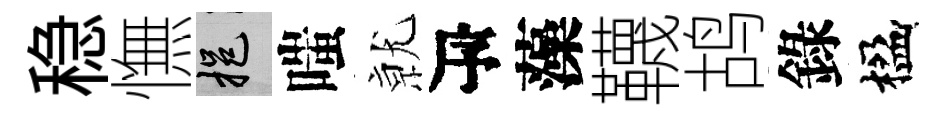
稳憮挹嗤𭕒瓴藻韈鸪錄楹